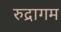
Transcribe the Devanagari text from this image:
रुद्रागम